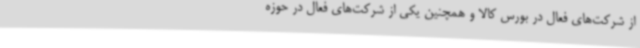
از شرکت‌های فعال در بورس کالا و همچنین یکی از شرکت‌های فعال در حوزه